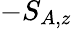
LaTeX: -S_{A,z}